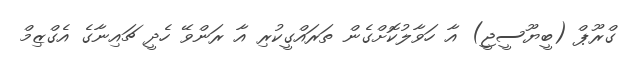
ގްރޫޕް (ބީޔޫސީޖީ) އާ ހަވާލުކޮށްގެން ތަރައްގީކުރި އާ ރަންވޭ ހެދީ ޗައިނާގެ އެގްޒިމް